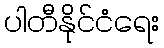
ပါတီနိုင်ငံရေး